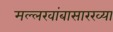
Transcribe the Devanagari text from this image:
मल्लखांबासारख्या